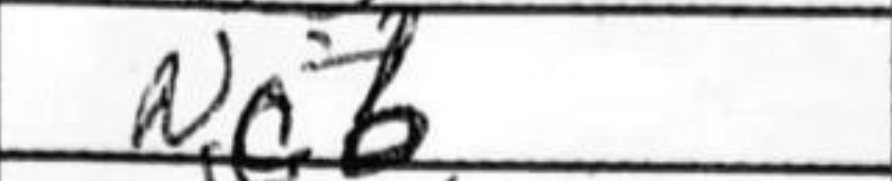
Transcription: Nc6